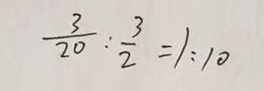
\frac { 3 } { 2 0 } : \frac { 3 } { 2 } = 1 : 1 0